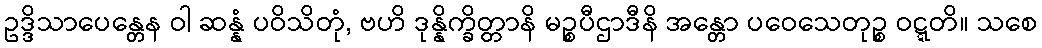
ဥဒ္ဒိသာပေန္တေန ဝါ ဆန္နံ ပဝိသိတုံ, ဗဟိ ဒုန္နိက္ခိတ္တာနိ မဉ္စပီဌာဒီနိ အန္တော ပဝေသေတုဉ္စ ဝဋ္ဋတိ။ သစေ